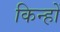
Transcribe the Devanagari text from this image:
किन्हों